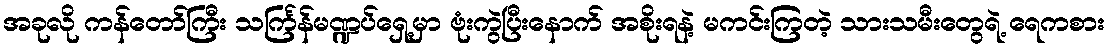
အခုလို ကန်တော်ကြီး သင်္ကြန်မဏ္ဍပ်ရှေ့မှာ ဗုံးကွဲပြီးနောက် အစိုးရနဲ့ မကင်းကြတဲ့ သားသမီးတွေရဲ့ ရေကစား